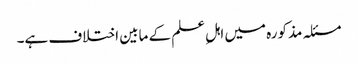
مسئلہ مذکورہ میں اہلِ علم کے مابین اختلاف ہے۔